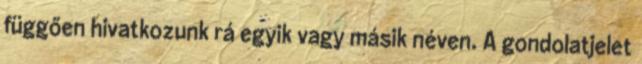
függően hivatkozunk rá egyik vagy másik néven. A gondolatjelet